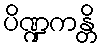
ပိဏ္ဍကန္တိ